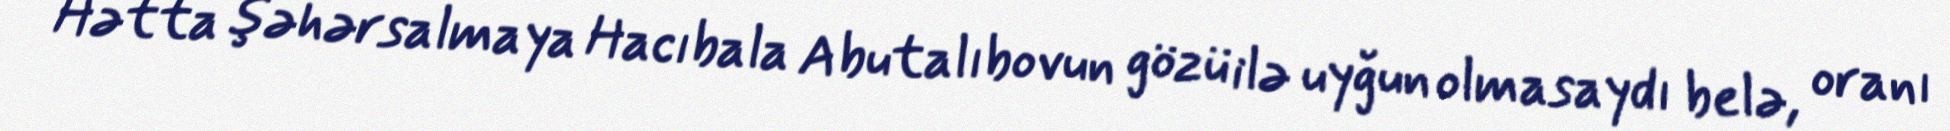
Hətta şəhərsalmaya Hacıbala Abutalıbovun gözü ilə uyğun olmasaydı belə, oranı